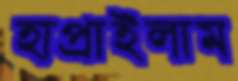
হাপ্‌রাইলাম